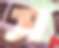
স